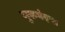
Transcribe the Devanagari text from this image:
गुरुवंदना